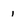
Character: 1